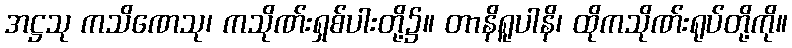
အဋ္ဌသု ကသိဏေသု၊ ကသိုဏ်းရှစ်ပါးတို့၌။ တာနိရူပါနိ၊ ထိုကသိုဏ်းရုပ်တို့ကို။